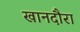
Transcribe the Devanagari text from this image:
खानदौरा